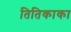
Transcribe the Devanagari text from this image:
तितिकाका